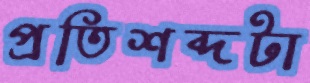
প্রতিশব্দটা